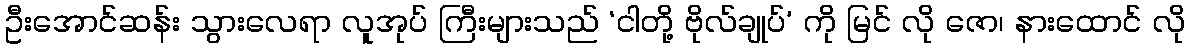
ဦးအောင်ဆန်း သွားလေရာ လူအုပ် ကြီးများသည် ‘ငါတို့ ဗိုလ်ချုပ်’ ကို မြင် လို ဇော၊ နားထောင် လို